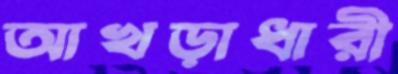
আখড়াধারী